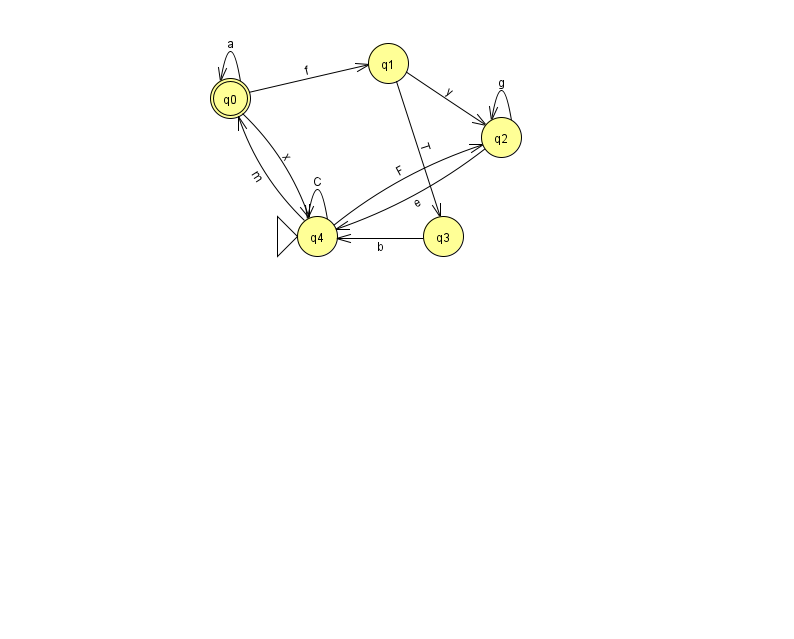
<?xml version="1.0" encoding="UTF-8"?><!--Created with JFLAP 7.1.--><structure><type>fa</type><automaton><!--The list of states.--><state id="0" name="q0"><x>230.0</x><y>85.0</y><final/></state><state id="1" name="q1"><x>388.0</x><y>50.0</y></state><state id="2" name="q2"><x>501.0</x><y>124.0</y></state><state id="3" name="q3"><x>443.0</x><y>223.0</y></state><state id="4" name="q4"><x>317.0</x><y>223.0</y><initial/></state><!--The list of transitions.--><transition><from>4</from><to>0</to><read>m</read></transition><transition><from>0</from><to>0</to><read>a</read></transition><transition><from>1</from><to>3</to><read>T</read></transition><transition><from>2</from><to>4</to><read>e</read></transition><transition><from>3</from><to>4</to><read>b</read></transition><transition><from>4</from><to>2</to><read>F</read></transition><transition><from>4</from><to>4</to><read>C</read></transition><transition><from>0</from><to>4</to><read>x</read></transition><transition><from>2</from><to>2</to><read>g</read></transition><transition><from>1</from><to>2</to><read>y</read></transition><transition><from>0</from><to>1</to><read>f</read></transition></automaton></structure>